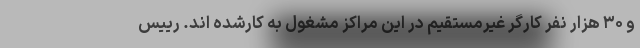
و ۳۰ هزار نفر کارگر غیرمستقیم در این مراکز مشغول به کارشده اند. رییس